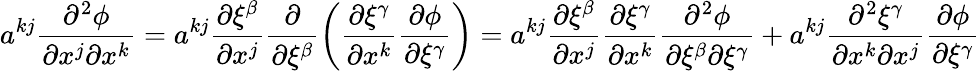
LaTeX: a^{kj}\frac{\partial^{2}\phi}{\partial x^{j}\partial x^{k}}=a^{kj}\frac{\partial\xi^{\beta}}{\partial x^{j}}\frac{\partial}{\partial\xi^{\beta}}\left(\frac{\partial\xi^{\gamma}}{\partial x^{k}}\frac{\partial\phi}{\partial\xi^{\gamma}}\right)=a^{kj}\frac{\partial\xi^{\beta}}{\partial x^{j}}\frac{\partial\xi^{\gamma}}{\partial x^{k}}\frac{\partial^{2}\phi}{\partial\xi^{\beta}\partial\xi^{\gamma}}+a^{kj}\frac{\partial^{2}\xi^{\gamma}}{\partial x^{k}\partial x^{j}}\frac{\partial\phi}{\partial\xi^{\gamma}}